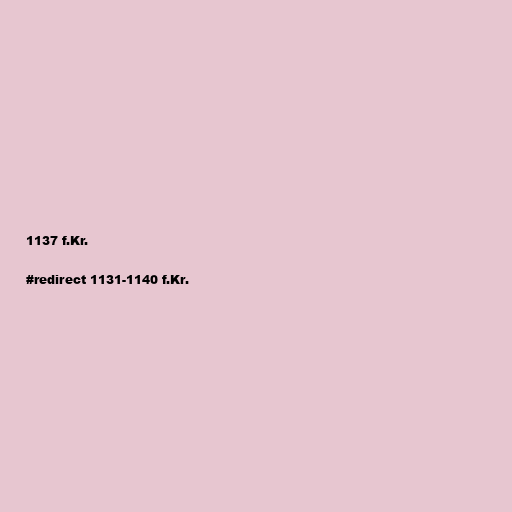
1137 f.Kr.

#redirect 1131-1140 f.Kr.